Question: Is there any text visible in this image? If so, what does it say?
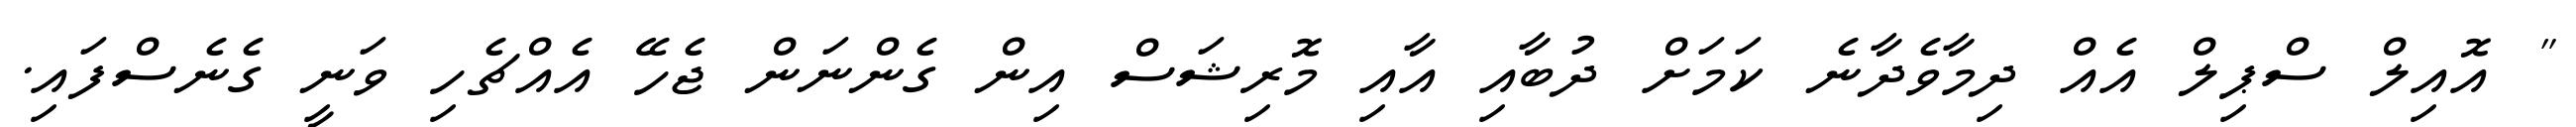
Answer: " އޮއިލް ސްޕިލް އެއް ދިމާވެދާނެ ކަމަށް ދުބާއި އާއި މޮރިޝަސް އިން ގެންނަން ޖެހޭ އެއްޗެހި ވަނީ ގެނެސްފައި.